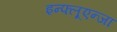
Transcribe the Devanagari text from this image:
इन्फ्लूएन्जा